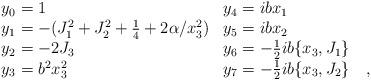
LaTeX: \begin{align*}\begin{array}{ll}y_0=1 & y_4= ibx_1 \\y_1=-(J_1^2 + J_2^2 + \frac{1}{4} + 2 \alpha /x_3^2) &y_5=ibx_2 \\y_2= -2J_3 & y_6= - \frac{1}{2}ib \{ x_3, J_1 \} \\y_3=b^2x_3^2 & y_7=-\frac{1}{2}ib \{ x_3, J_2 \} \quad ,\end{array}\end{align*}